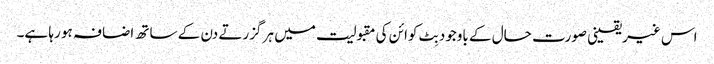
اس غیریقینی صورت حال کے باوجود بِٹ کوائن کی مقبولیت میں ہر گزرتے دن کے ساتھ اضافہ ہو رہا ہے۔